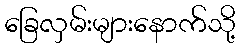
ခြေလှမ်းများနောက်သို့